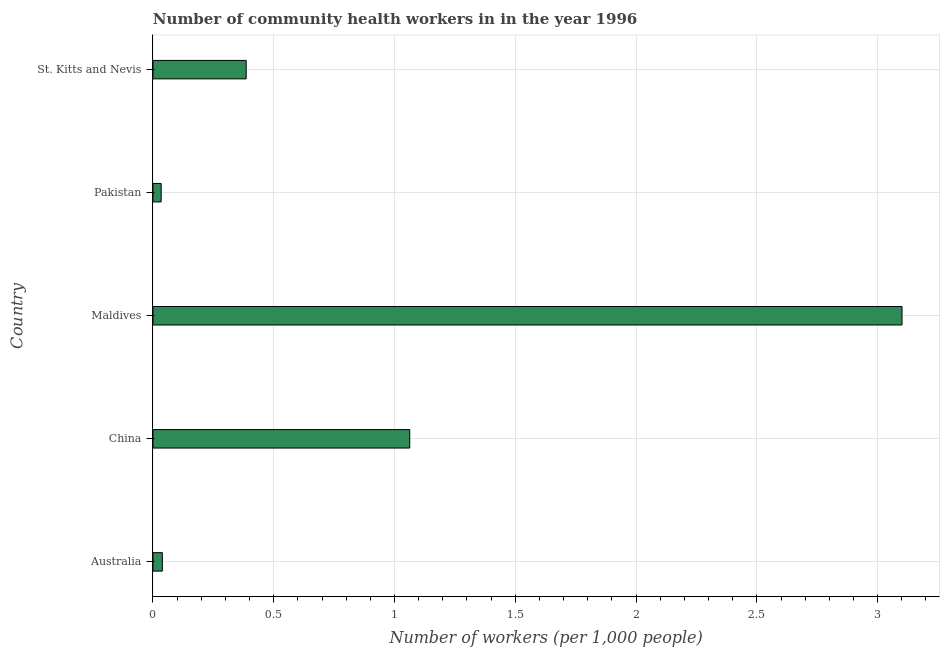
| Country | Community health workers |
 | --- | --- |
 | Australia | 0.039 |
 | China | 1.06 |
 | Maldives | 3.1 |
 | Pakistan | 0.034 |
 | St. Kitts and Nevis | 0.386 |